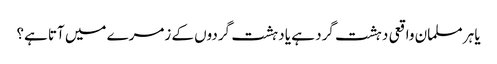
یا ہر مسلمان واقعی دہشت گرد ہے یا دہشت گردوں کے زمرے میں آتا ہے؟